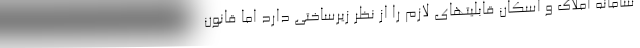
سامانه املاک و اسکان قابلیتهای لازم را از نظر زیرساختی دارد اما قانون